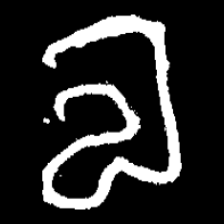
Pyu character \u2014 Myanmar letter: လ (romanized: la)